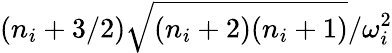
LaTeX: {(n_{i}+3/2)}\sqrt{(n_{i}+2)(n_{i}+1)}/{\omega_{i}^{2}}